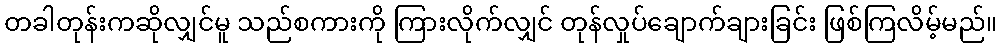
တခါတုန်းကဆိုလျှင်မူ သည်စကားကို ကြားလိုက်လျှင် တုန်လှုပ်ချောက်ချားခြင်း ဖြစ်ကြလိမ့်မည်။